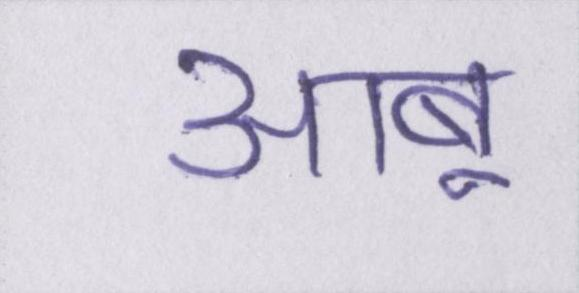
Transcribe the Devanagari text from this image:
आबू